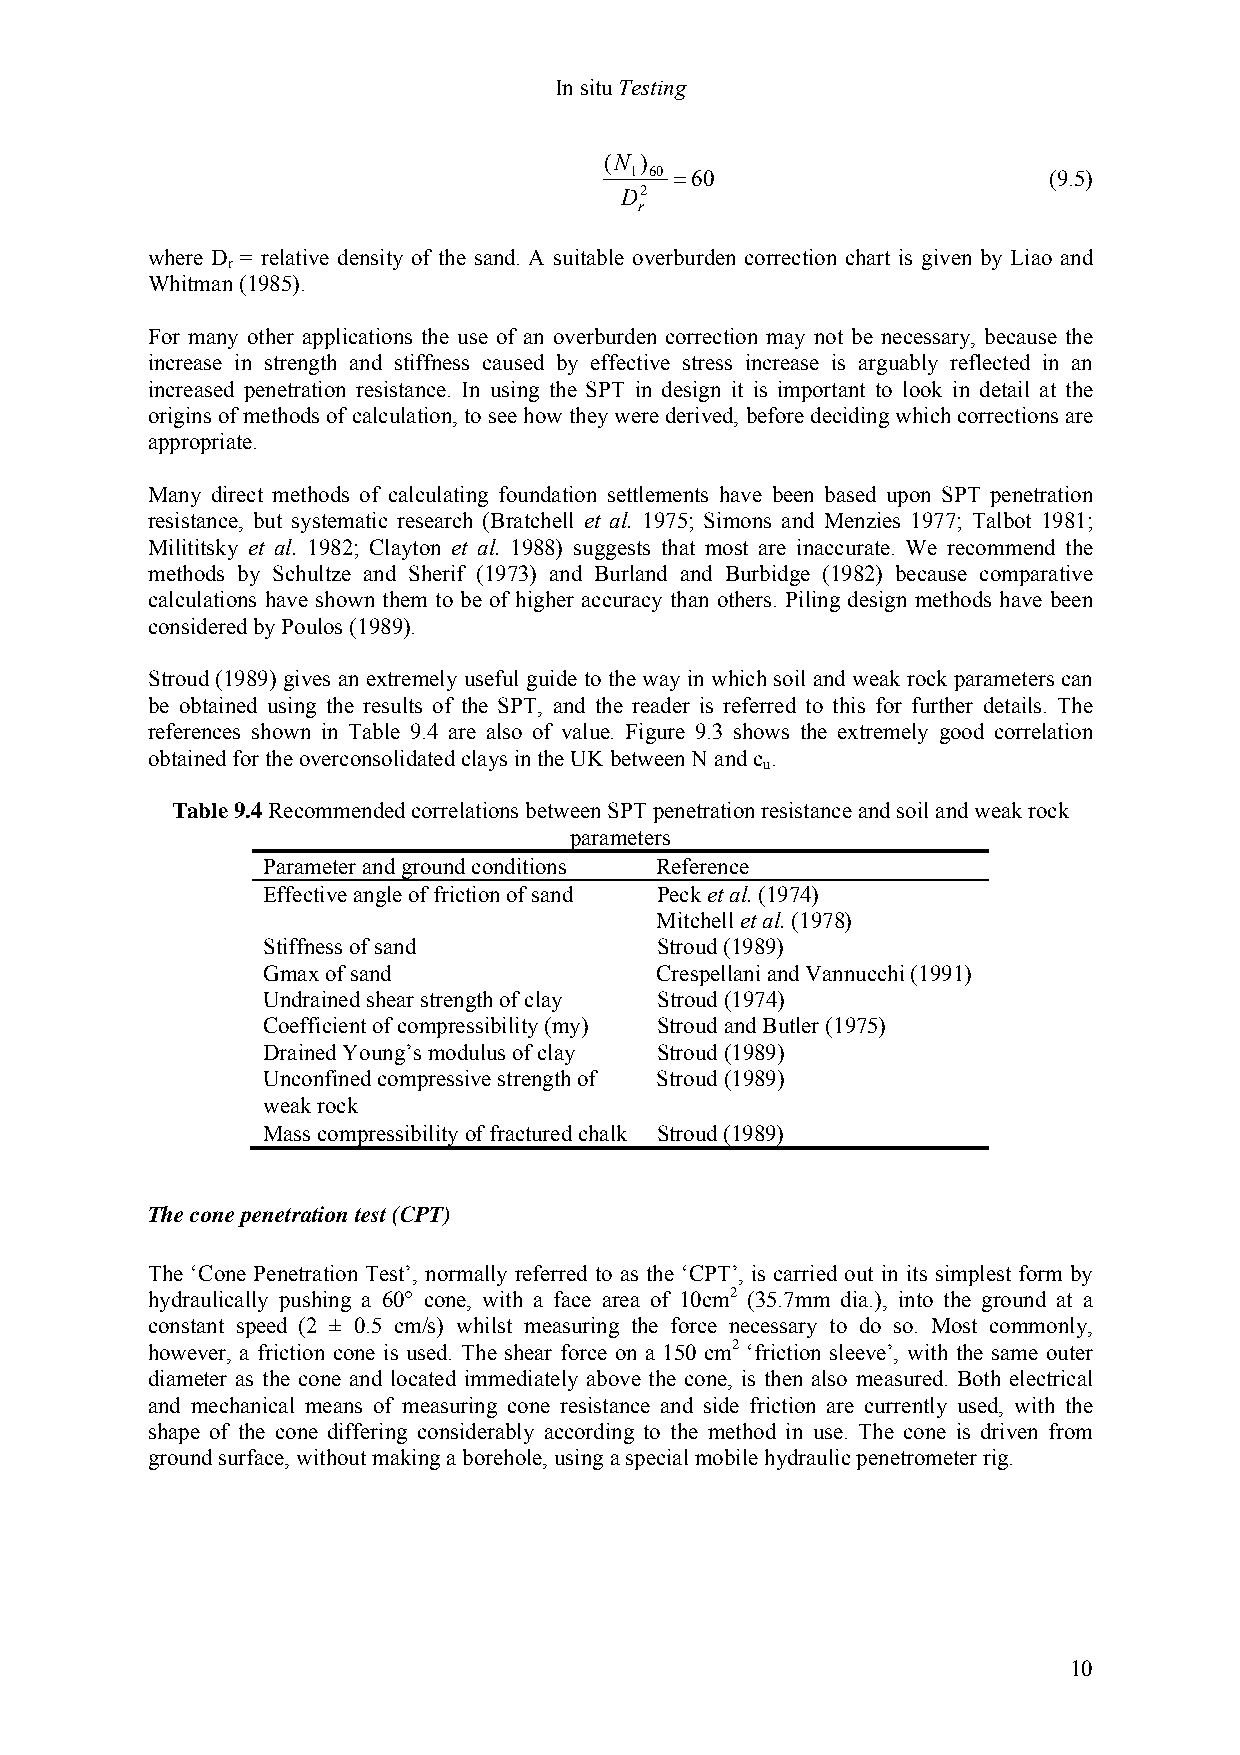
In situ Testing
 (N )
 1 60 =60                   (9.5)
 D2
 r
 where D = relative density of the sand. A suitable overburden correction chart is given by Liao and
 r
 Whitman (1985).
 For many other applications the use of an overburden correction may not be necessary, because the
 increase in strength and stiffness caused by effective stress increase is arguably reflected in an
 increased penetration resistance. In using the SPT in design it is important to look in detail at the
 origins of methods of calculation, to see how they were derived, before deciding which corrections are
 appropriate.
 Many direct methods of calculating foundation settlements have been based upon SPT penetration
 resistance, but systematic research (Bratchell et al. 1975; Simons and Menzies 1977; Talbot 1981;
 Milititsky et al. 1982; Clayton et al. 1988) suggests that most are inaccurate. We recommend the
 methods by Schultze and Sherif (1973) and Burland and Burbidge (1982) because comparative
 calculations have shown them to be of higher accuracy than others. Piling design methods have been
 considered by Poulos (1989).
 Stroud (1989) gives an extremely useful guide to the way in which soil and weak rock parameters can
 be obtained using the results of the SPT, and the reader is referred to this for further details. The
 references shown in Table 9.4 are also of value. Figure 9.3 shows the extremely good correlation
 obtained for the overconsolidated clays in the UK between N and c .
 u
 Table 9.4 Recommended correlations between SPT penetration resistance and soil and weak rock
 parameters
 Parameter and ground conditions Reference
 Effective angle of friction of sand Peck et al. (1974)
 Mitchell et al. (1978)
 Stiffness of sand         Stroud (1989)
 Gmax of sand              Crespellani and Vannucchi (1991)
 Undrained shear strength of clay Stroud (1974)
 Coefficient of compressibility (my) Stroud and Butler (1975)
 Drained Young’s modulus of clay Stroud (1989)
 Unconfined compressive strength of Stroud (1989)
 weak rock
 Mass compressibility of fractured chalk Stroud (1989)
 The cone penetration test (CPT)
 The ‘Cone Penetration Test’, normally referred to as the ‘CPT’, is carried out in its simplest form by
 hydraulically pushing a 60° cone, with a face area of 10cm2 (35.7mm dia.), into the ground at a
 constant speed (2 ± 0.5 cm/s) whilst measuring the force necessary to do so. Most commonly,
 however, a friction cone is used. The shear force on a 150 cm2 ‘friction sleeve’, with the same outer
 diameter as the cone and located immediately above the cone, is then also measured. Both electrical
 and mechanical means of measuring cone resistance and side friction are currently used, with the
 shape of the cone differing considerably according to the method in use. The cone is driven from
 ground surface, without making a borehole, using a special mobile hydraulic penetrometer rig.
 10